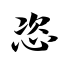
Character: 恣